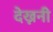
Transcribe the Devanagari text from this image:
देख्ननी